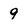
Character: 9